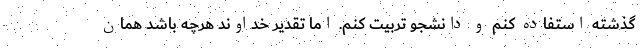
گذشته استفاده کنم و دانشجو تربیت کنم. اما تقدیر خداوند هرچه باشد همان